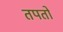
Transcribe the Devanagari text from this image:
तपतो